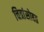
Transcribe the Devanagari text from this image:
चित्रांसोबत